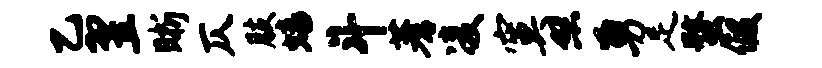
乙翌晰仄肢蟠斗蓍凌寞照勇足蝥假